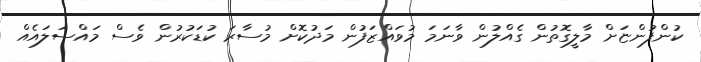
ކުންފުންޏަށް މާލީގޮތުން ގެއްލުން ވާނަމަ މުވައްޒަފުން މަދުކޮށް މުސާރަ ކުޑަކުރުން ވެސް މައްސަލައެއް